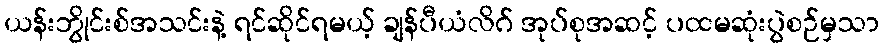
ယန်းဘွိုင်းစ်အသင်းနဲ့ ရင်ဆိုင်ရမယ့် ချန်ပီယံလိဂ် အုပ်စုအဆင့် ပထမဆုံးပွဲစဉ်မှသာ